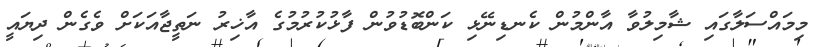
މިމައްސަލާގައި ޝާމިލުވާ އާންމުން ކެނޑިނޭޅި ކަންބޮޑުވުން ފާޅުކުރުމުގެ އާޚިރު ނަތީޖާއަކަށް ވެގެން ދިޔައީ